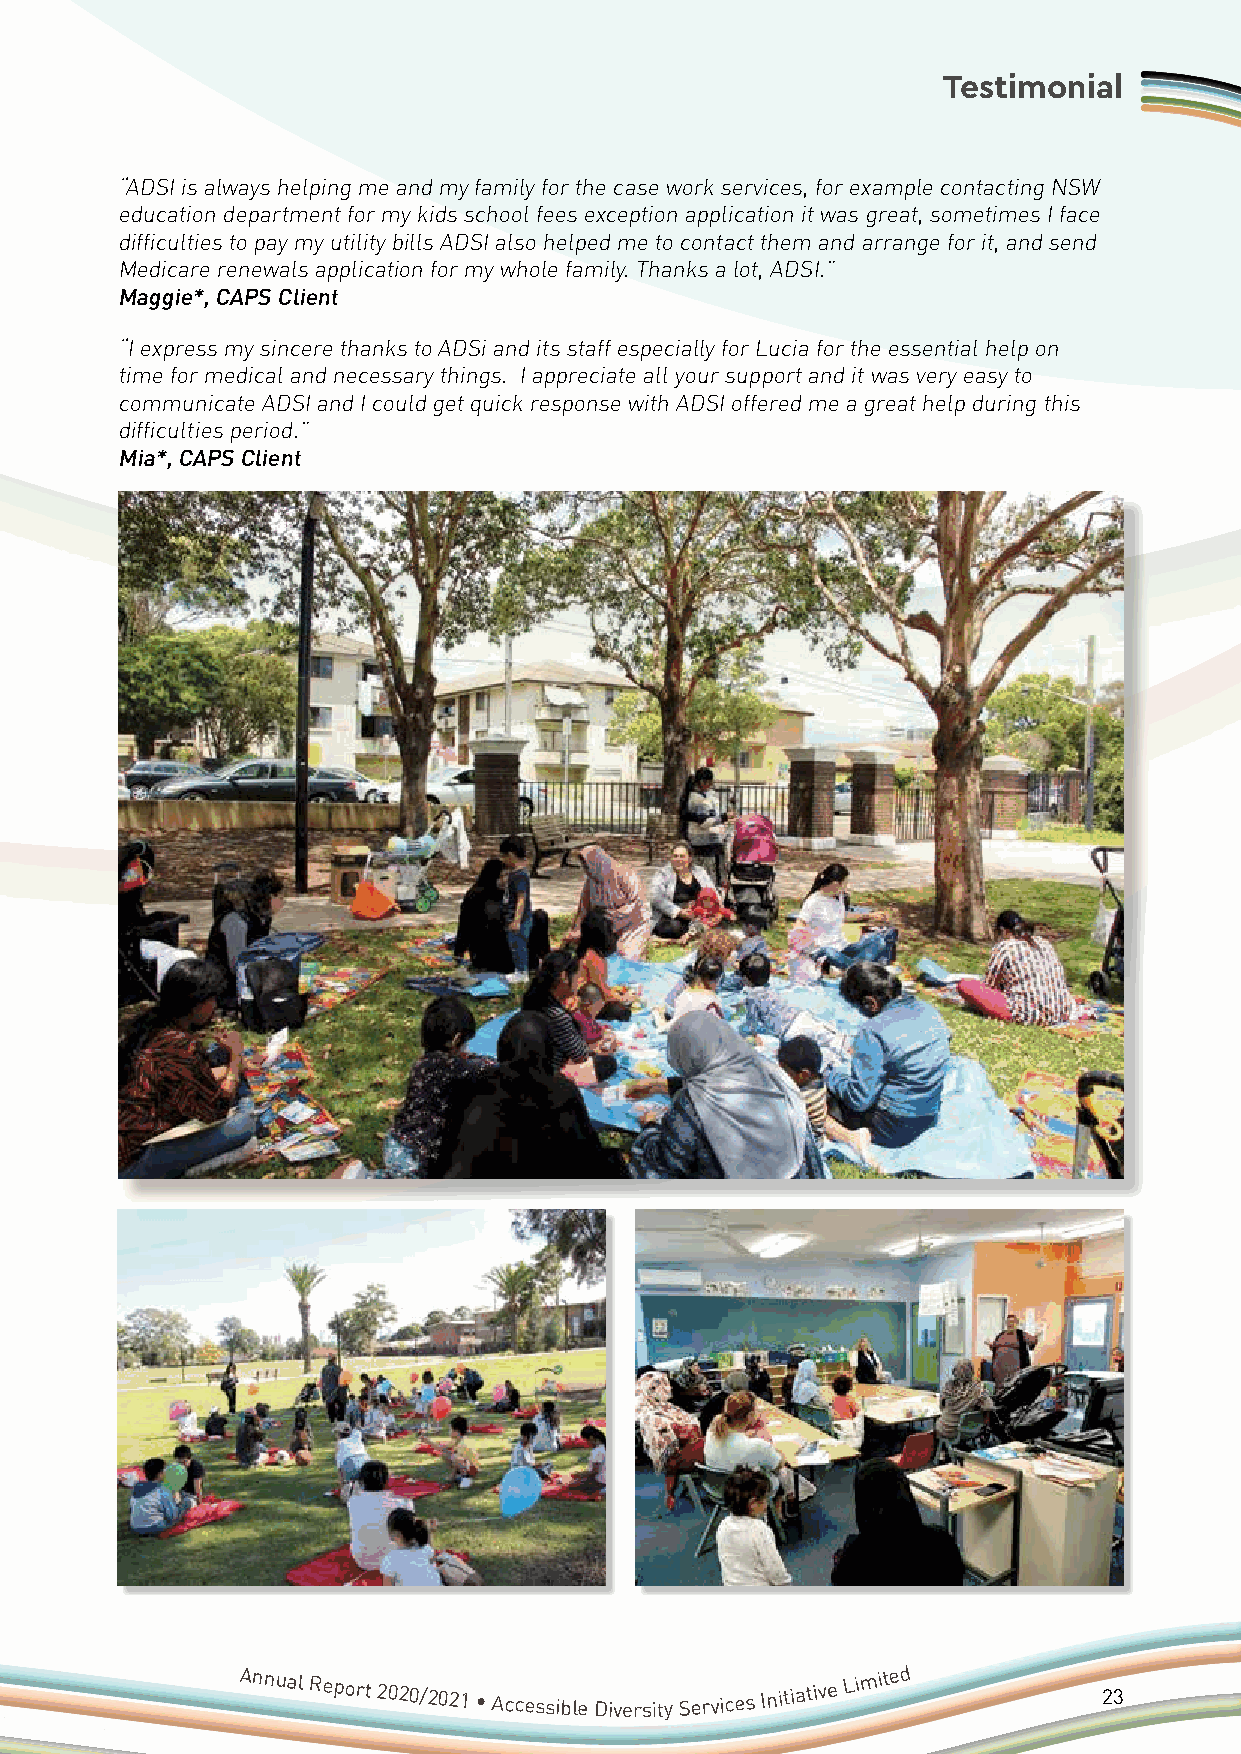
Testimonial
 “ADSI is always helping me and my family for the case work services, for example contacting NSW
 education department for my kids school fees exception application it was great, sometimes I face
 difficulties to pay my utility bills ADSI also helped me to contact them and arrange for it, and send
 Medicare renewals application for my whole family. Thanks a lot, ADSI.”
 Maggie*, CAPS Client
 “I express my sincere thanks to ADSi and its staff especially for Lucia for the essential help on
 time for medical and necessary things. I appreciate all your support and it was very easy to
 communicate ADSI and I could get quick response with ADSI offered me a great help during this
 difficulties period.”
 Mia*, CAPS Client
 Access • Development • Support • Independence
 Annual
 Report 2020/2021 • Accessible Diversity Services Initiative
 Limited
 23